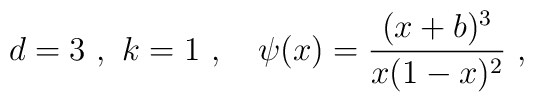
d = 3 \ , \ k = 1 \ , \ \ \ \psi ( x ) = \frac{ (x + b )^3}{x ( 1 - x )^2} \ ,